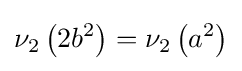
\nu _{2}\left(2b^{2}\right)=\nu _{2}\left(a^{2}\right)